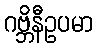
ဂဗ္ဘိနီဥပမာ